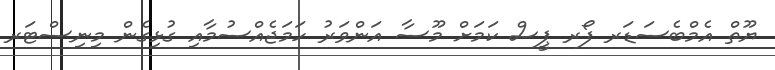
ޔޫތް އެމްބެސަޑަރ ފޯރ ޕީސް ކަމަށް މޫސާ އަންވަރު ހަމަޖެއްސުމާއި ގުޅިގެން މިނިސްޓަރ